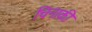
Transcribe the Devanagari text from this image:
चिनाकी